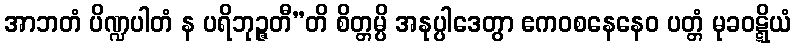
အာဘတံ ပိဏ္ဍပါတံ န ပရိဘုဉ္ဇတီ”တိ စိတ္တမ္ပိ အနုပ္ပါဒေတွာ ဧကဝစနေနေဝ ပတ္တံ မုခဝဋ္ဋိယံ